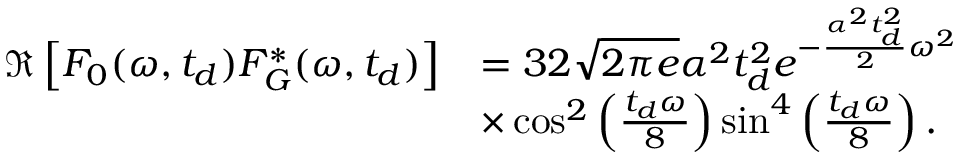
\begin{array} { r l } { \mathfrak { R } \left[ F _ { 0 } ( \omega , t _ { d } ) F _ { G } ^ { * } ( \omega , t _ { d } ) \right] } & { = 3 2 \sqrt { 2 \pi e } \alpha ^ { 2 } t _ { d } ^ { 2 } e ^ { - \frac { \alpha ^ { 2 } t _ { d } ^ { 2 } } { 2 } \omega ^ { 2 } } } \\ & { \times \cos ^ { 2 } \left( \frac { t _ { d } \omega } { 8 } \right) \sin ^ { 4 } \left( \frac { t _ { d } \omega } { 8 } \right) . } \end{array}